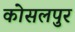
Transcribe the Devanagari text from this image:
कोसलपुर